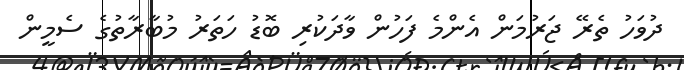
ދުވަހު ތެރޭ ޖަރުމަން އެންމެ ފަހުން ވާދަކުރި ބޮޑު ހަތަރު މުބާރާތުގެ ސެމީން